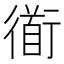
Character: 衜